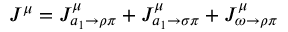
J ^ { \mu } = J _ { a _ { 1 } \rightarrow \rho \pi } ^ { \mu } + J _ { a _ { 1 } \rightarrow \sigma \pi } ^ { \mu } + J _ { \omega \rightarrow \rho \pi } ^ { \mu }